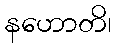
နဟောတိ၊